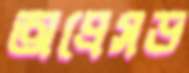
অপ্রেসড